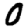
Digit: 0